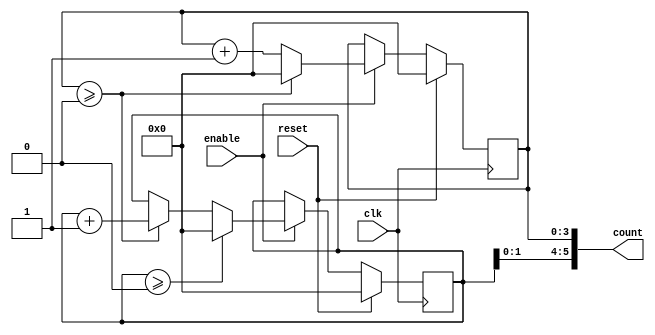
module mixed_radix_counter #(
    parameter DIGIT_COUNT = 3, // Number of digits in the counter
    parameter [DIGIT_COUNT*4-1:0] RADIXES = {4'd2, 4'd3, 4'd4} // Radix values for each digit
)(
    input wire clk,               // Clock signal
    input wire reset,             // Synchronous reset
    input wire enable,            // Enable signal for counting
    output reg [DIGIT_COUNT*2-1:0] count // Output count as a concatenated vector
);

    // Internal registers to hold the current count for each digit
    reg [3:0] digit [0:DIGIT_COUNT-1]; // Each digit can hold a maximum value based on its radix

    integer i;

    // Initialize the counter
    initial begin
        for (i = 0; i < DIGIT_COUNT; i = i + 1) begin
            digit[i] = 0;
        end
    end

    // Counting mechanism
    always @(posedge clk) begin
        if (reset) begin
            // Reset all digits to zero
            for (i = 0; i < DIGIT_COUNT; i = i + 1) begin
                digit[i] <= 0;
            end
        end else if (enable) begin
            // Increment the least significant digit
            digit[0] <= digit[0] + 1;

            // Handle overflow and cascade to the next digit
            for (i = 0; i < DIGIT_COUNT; i = i + 1) begin
                if (digit[i] >= RADIXES[i]) begin
                    digit[i] <= 0; // Reset current digit
                    if (i + 1 < DIGIT_COUNT) begin
                        digit[i + 1] <= digit[i + 1] + 1; // Increment next digit
                    end
                end
            end
        end
    end

    // Output the current count
    always @(*) begin
        count = {digit[DIGIT_COUNT-1], digit[DIGIT_COUNT-2], digit[DIGIT_COUNT-3]}; // Concatenate digits
    end

endmodule